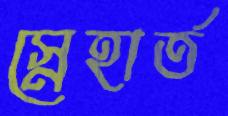
স্নেহার্ত